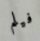
فيلم